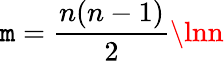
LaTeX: \mathtt{m}={\frac{{n(n-1)}}{{2}}}\lnn